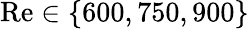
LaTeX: \mathrm{Re}\in\{ 600,750,900\}